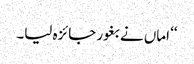
‘‘ اماں نے بغور جائزہ لیا۔